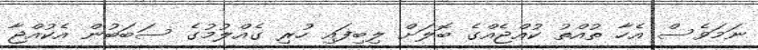
ނަމަވެސް އެހާ ތުއްތު ކުއްޖެއްގެ ބޮލަށް ލިބިފައި ހުރި ގެއްލުމުގެ ސަބަބުން އެކުއްޖާ